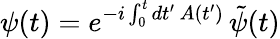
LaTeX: \psi(t)=e^{-i\int_{0}^{t}dt^{\prime}\, A(t^{\prime})}\, \tilde{\psi}(t)